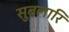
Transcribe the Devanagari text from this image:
सुबलारि